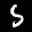
Label: 5